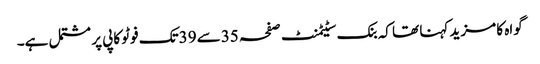
گواہ کا مزید کہنا تھا کہ بنک سٹیٹمنٹ صفحہ 35سے 39تک فوٹو کاپی پر مشتمل ہے۔